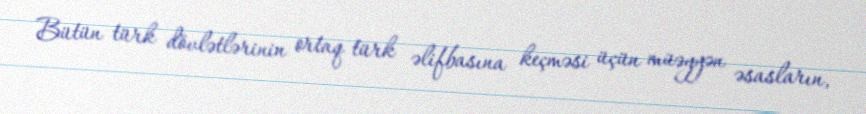
Bütün türk dövlətlərinin ortaq türk əlifbasına keçməsi üçün müəyyən əsasların,